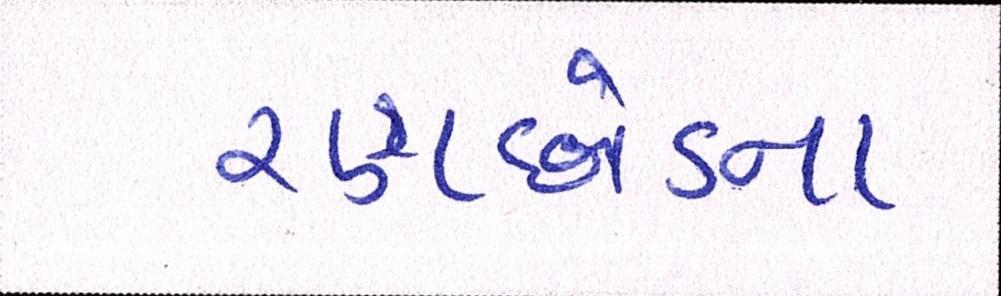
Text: રણછોડના